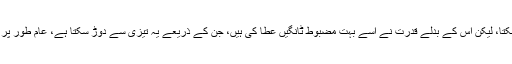
پرندہ ہونے کے باوجود اپنے بھاری بھرکم وجود کے باعث یہ اڑ نہیں سکتا، لیکن اس کے بدلے قدرت نے اسے بہت مضبوط ٹانگیں عطا کی ہیں، جن کے ذریعے یہ تیزی سے دوڑ سکتا ہے، عام طور پر اس کی رفتار 35 سے 40 میل (تقریباً 65 کلومیٹر) فی گھنٹہ ہوتی ہے۔